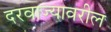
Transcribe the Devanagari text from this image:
दरवाज्यावरील